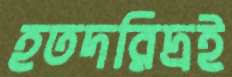
হতদরিদ্রই